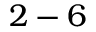
2 - 6